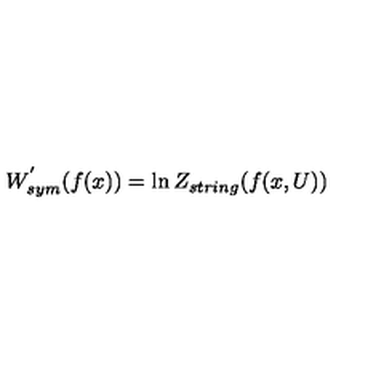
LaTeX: W _ { s y m } ^ { ' } ( f ( x ) ) = \ln Z _ { s t r i n g } ( f ( x , U ) )